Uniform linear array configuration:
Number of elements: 4
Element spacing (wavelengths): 0.75
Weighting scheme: exponential
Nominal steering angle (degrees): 0
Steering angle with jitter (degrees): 1.771
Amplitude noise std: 0.05
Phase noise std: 0.05

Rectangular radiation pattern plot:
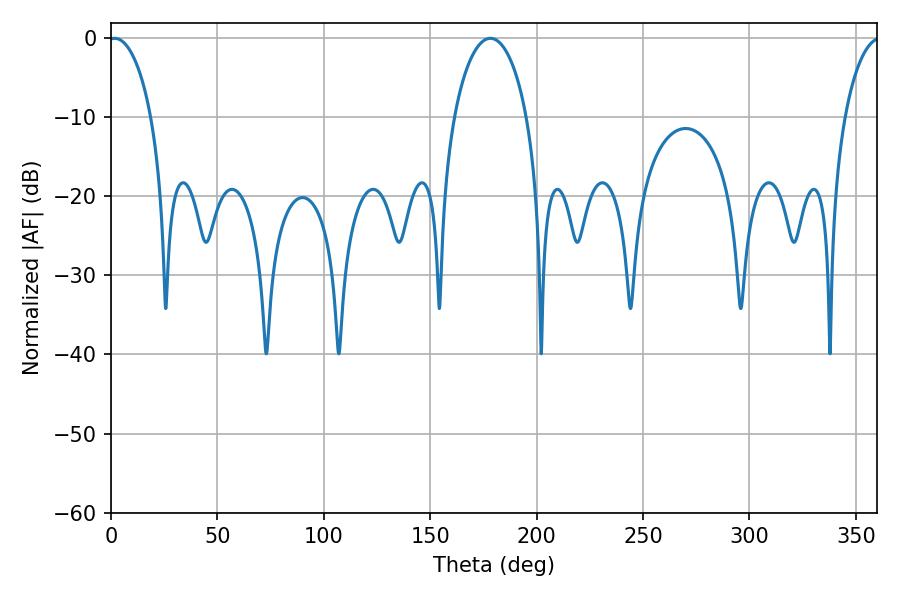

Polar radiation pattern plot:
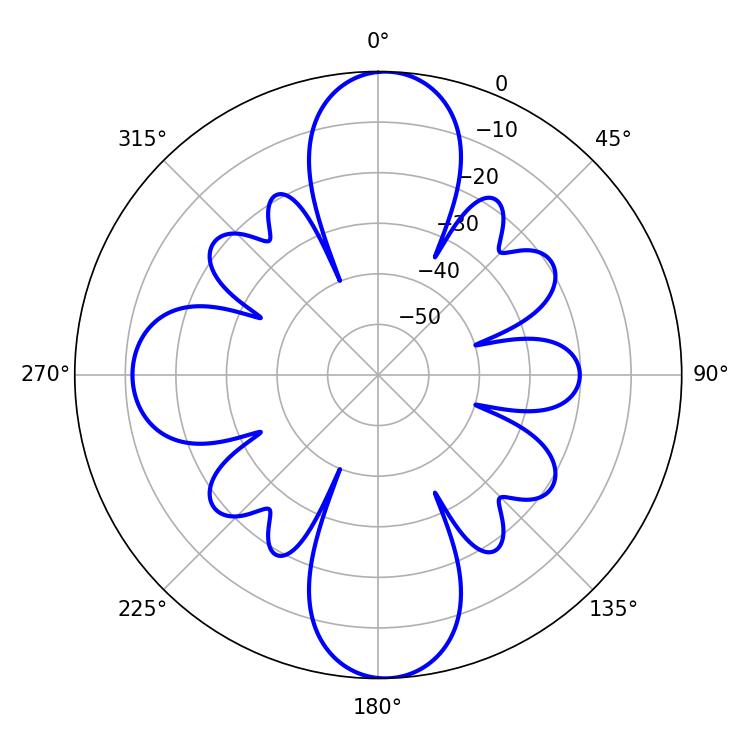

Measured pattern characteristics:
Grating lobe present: TRUE
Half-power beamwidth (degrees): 11.52
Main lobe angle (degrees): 1.8